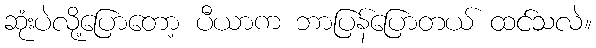
ဆုံးပဲလို့ပြောတော့ ပီယာက ဘာပြန်ပြောတယ် ထင်သလဲ။